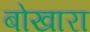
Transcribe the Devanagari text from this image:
बोखारा